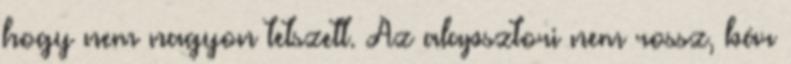
hogy nem nagyon tetszett. Az alapsztori nem rossz, bár